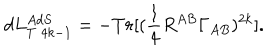
d L _ { T \; 4 k - 1 } ^ { A d S } = - T r [ ( \frac { 1 } { 4 } R ^ { A B } \Gamma _ { A B } ) ^ { 2 k } ] .